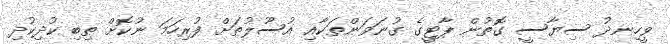
ވީހިނދު ސިޔާސީ ގޮތުން ޕާޓީގެ ގުނަވަންތަކާއި އުސޫލުތަށް ފުރިހަމަ ނުކޮށް ތިބި ކުދިކުދި